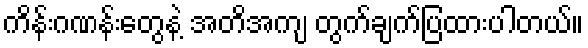
ကိန်းဂဏန်းတွေနဲ့ အတိအကျ တွက်ချက်ပြထားပါတယ်။